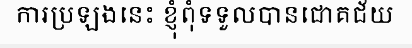
ការប្រឡងនេះ ខ្ញុំពុំទទួលបានជោគជ័យ